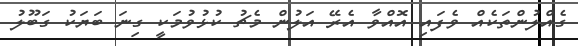
ގެއްލުންތަކެއް ވެފައި އޮއްވާ އެރޭ އަލުން މެޗު ކުޅުވުމަކީ ގިނަ ބަޔަކު ގަބޫލު